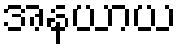
အနယာယ